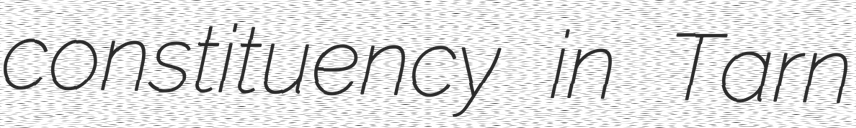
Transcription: constituency in Tarn